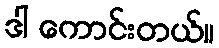
ဒါ ကောင်းတယ်။